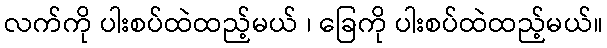
လက်ကို ပါးစပ်ထဲထည့်မယ် ၊ ခြေကို ပါးစပ်ထဲထည့်မယ်။